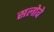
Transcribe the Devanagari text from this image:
सलोवे